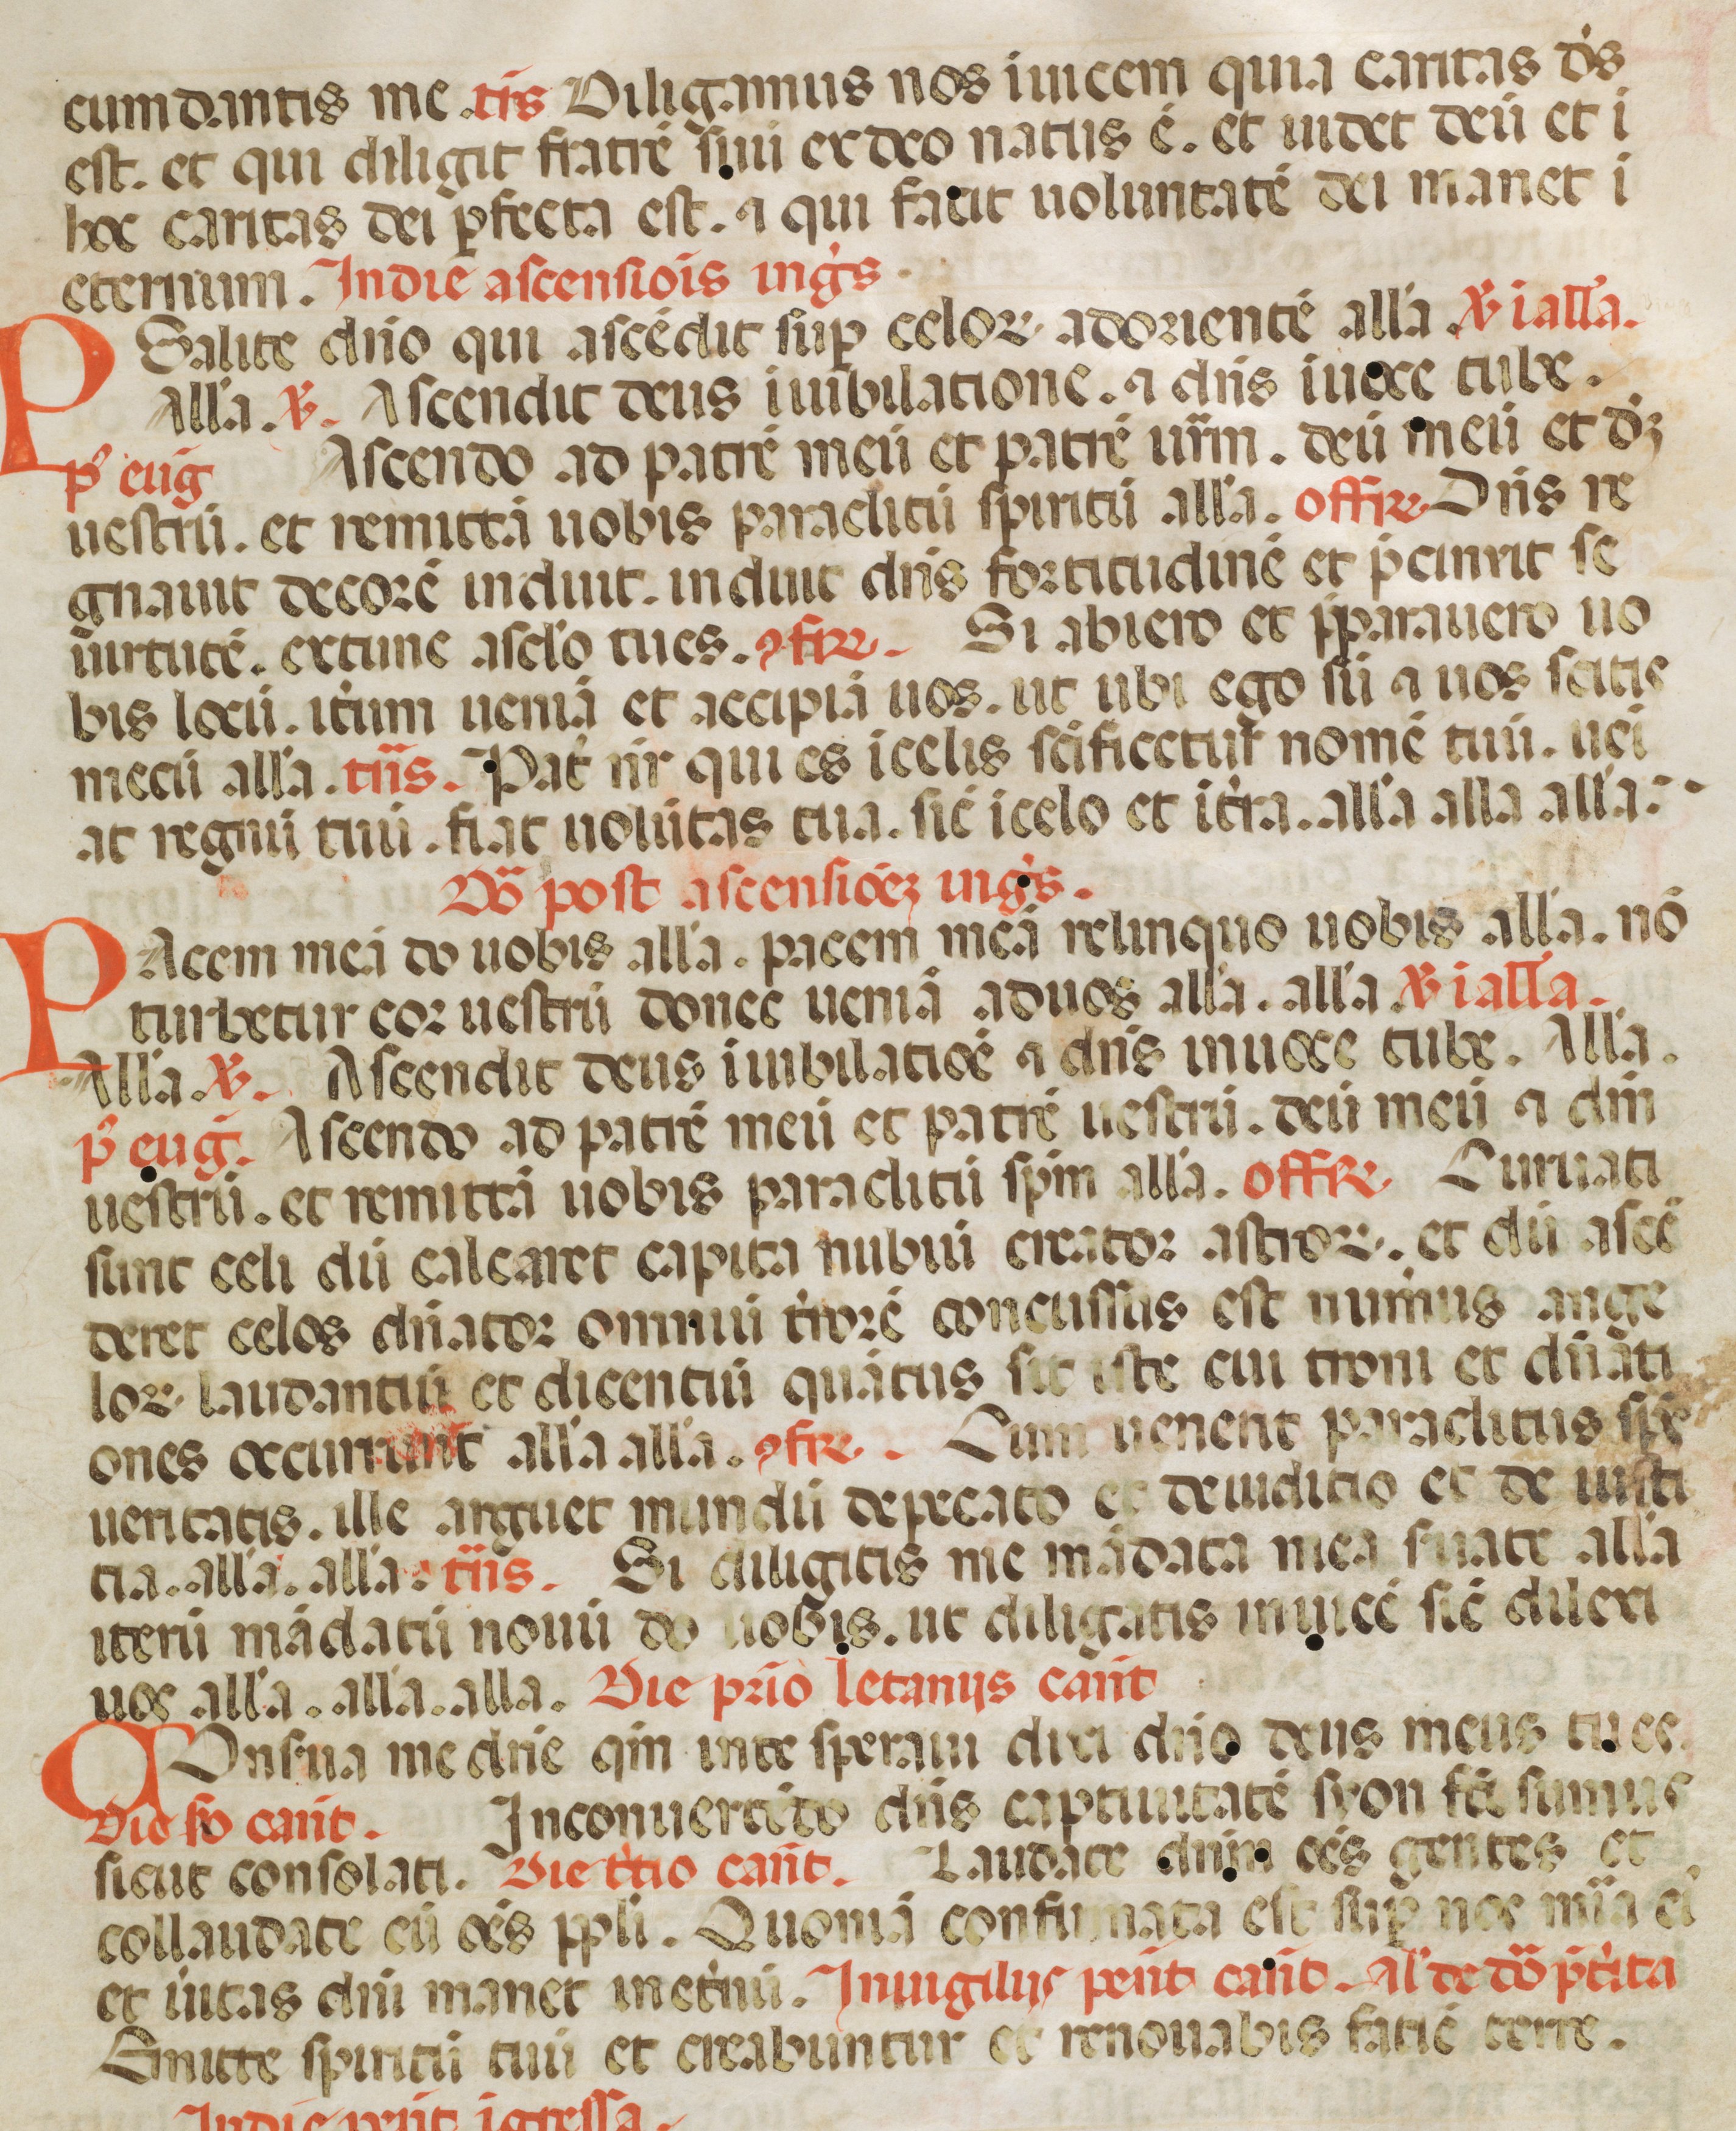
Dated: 1342–1342